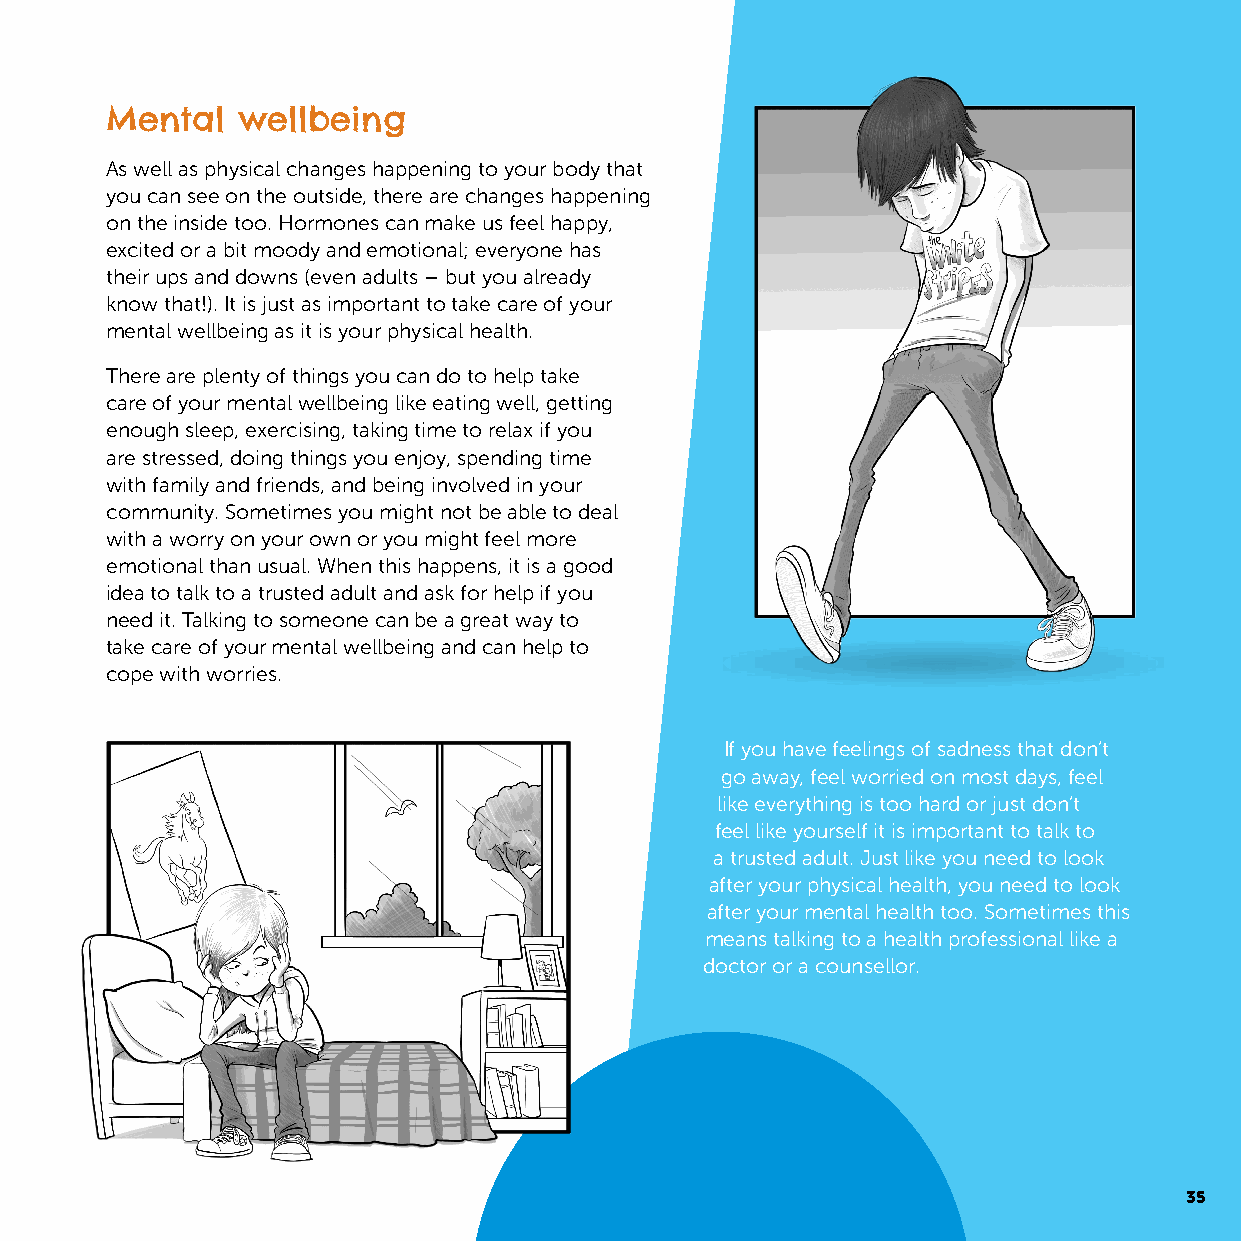
Mental   wellbeing
 As well as physical changes happening to your body that
 you can see on the outside, there are changes happening
 on the inside too. Hormones can make us feel happy,
 excited or a bit moody and emotional; everyone has
 their ups and downs (even adults – but you already
 know that!). It is just as important to take care of your
 mental wellbeing as it is your physical health.
 There are plenty of things you can do to help take
 care of your mental wellbeing like eating well, getting
 enough sleep, exercising, taking time to relax if you
 are stressed, doing things you enjoy, spending time
 with family and friends, and being involved in your
 community. Sometimes you might not be able to deal
 with a worry on your own or you might feel more
 emotional than usual. When this happens, it is a good
 idea to talk to a trusted adult and ask for help if you
 need it. Talking to someone can be a great way to
 take care of your mental wellbeing and can help to
 cope with worries.
 If you have feelings of sadness that don’t
 go away, feel worried on most days, feel
 like everything is too hard or just don’t
 feel like yourself it is important to talk to
 a trusted adult. Just like you need to look
 after your physical health, you need to look
 after your mental health too. Sometimes this
 means talking to a health professional like a
 doctor or a counsellor.
 35